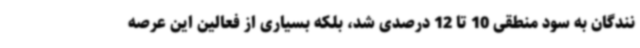
نندگان به سود منطقی 10 تا 12 درصدی شد، بلکه بسیاری از فعالین این عرصه